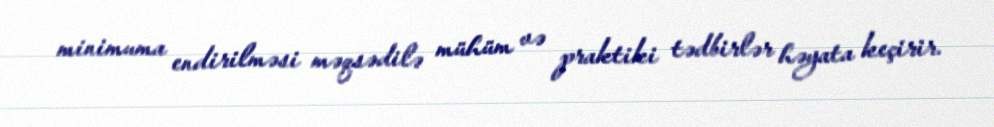
minimuma endirilməsi məqsədilə mühüm və praktiki tədbirlər həyata keçirir.